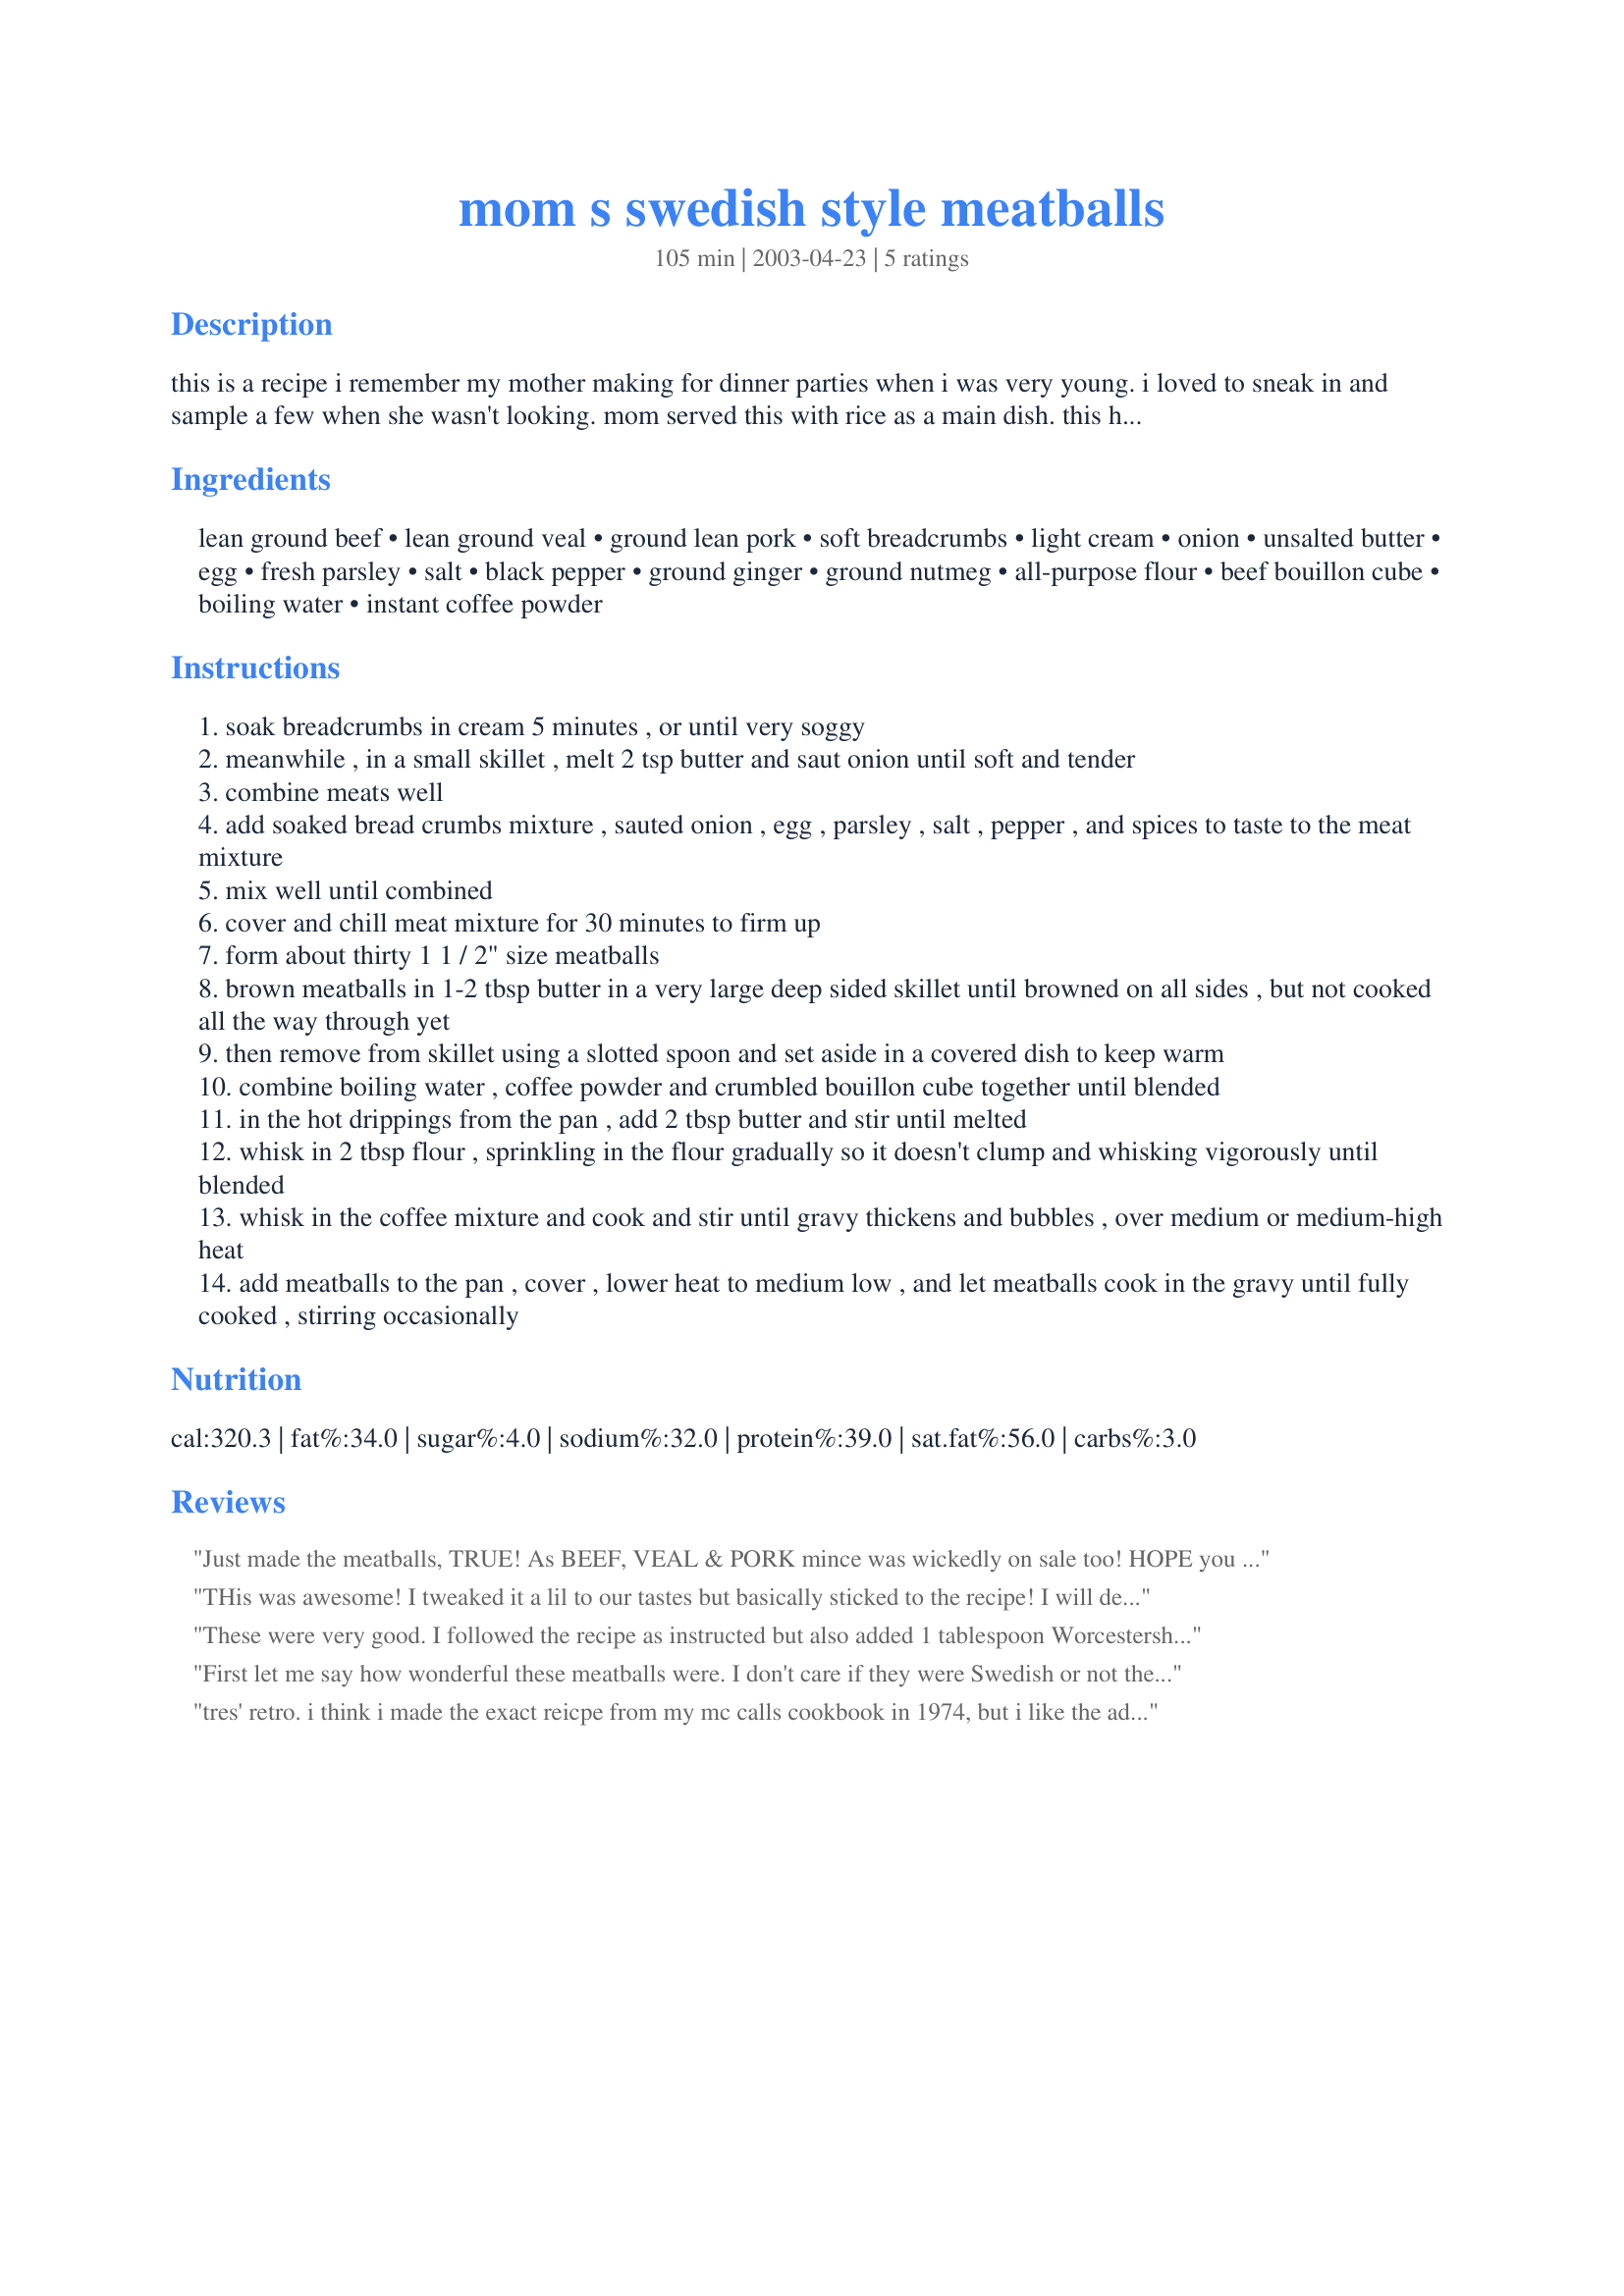
mom s swedish style meatballs
Preparation time: 105 minutes

this is a recipe i remember my mother making for dinner parties when i was very young. i loved to sneak in and sample a few when she wasn't looking. mom served this with rice as a main dish. this has a very different sauce from other swedish meatball recipes i have since tasted -so i am not sure if these are authentically swedish or not. i just know that they are rich and tasty and there were never any leftovers. i snagged this from mom's recipe collection. this makes about 30 medium sized meatballs.

Ingredients:
lean ground beef, lean ground veal, ground lean pork, soft breadcrumbs, light cream, onion, unsalted butter, egg, fresh parsley, salt, black pepper, ground ginger, ground nutmeg, all-purpose flour, beef bouillon cube, boiling water, instant coffee powder

Steps:
soak breadcrumbs in cream 5 minutes , or until very soggy
meanwhile , in a small skillet , melt 2 tsp butter and saut onion until soft and tender
combine meats well
add soaked bread crumbs mixture , sauted onion , egg , parsley , salt , pepper , and spices to taste to the meat mixture
mix well until combined
cover and chill meat mixture for 30 minutes to firm up
form about thirty 1 1 / 2" size meatballs
brown meatballs in 1-2 tbsp butter in a very large deep sided skillet until browned on all sides , but not cooked all the way through yet
then remove from skillet using a slotted spoon and set aside in a covered dish to keep warm
combine boiling water , coffee powder and crumbled bouillon cube together until blended
in the hot drippings from the pan , add 2 tbsp butter and stir until melted
whisk in 2 tbsp flour , sprinkling in the flour gradually so it doesn't clump and whisking vigorously until blended
whisk in the coffee mixture and cook and stir until gravy thickens and bubbles , over medium or medium-high heat
add meatballs to the pan , cover , lower heat to medium low , and let meatballs cook in the gravy until fully cooked , stirring occasionally

Reviews:
Just made the meatballs, TRUE!
As BEEF, VEAL & PORK mince was wickedly on sale too!
HOPE you are sitting down when you read,
I doubled the recipe, makes a BIG feed! lol
181 balls this did make...divided by 21.00 (total)...OMG for goodness sake!
.116 cents per each one!
OH my goodness, did I have fun!
This will make SO many meals,
NOW I know how frugal feels lol
THANKS!
LOVE to come back and make again,
Hubby is already asking WHEN?
Will make complete recipe, when I do try, TRUE!
THANK YOU!!! THANK YOU!
NOTE: Used full cream milk too,
and because I ran out of parsley, made mix combo of 1/2 (of the 1/4 cup) parsley, 1/2 oregano, 1/2 (of the 1/4 cup) basil and italian herbs...thought was interesting to do...HELPFUL HINT? Makes sure the mixture is mixed VERY WELL through!
I love doing things like that by hand, TRUE!
These meatballs MADE MY DAY too!
THANKS AGAIN!
THis was awesome! I tweaked it a lil to our tastes but basically sticked to the recipe! I will definitely be making this again!
These were very good. I followed the recipe as instructed but also added 1 tablespoon Worcestershire sauce. I think the bread crumbs could have been cut down to 1 cup. The left over meatballs I added to a tomato sauce. Which tasted great.
First let me say how wonderful these meatballs were. I don't care if they were Swedish or not they were delicious !!! I was going to only make half the meatball mixture and the full amount of gravy for it. But I found the mixture was way to wet with that amount of breadcrumbs and cream so I had added in the rest of the meat and went with a full batch without adding in any more cream or breadcrumbs. I had added in about a tsp of basil, oregano and Italian seasonings with the parsley. I didn't have a skillet large enough for that many meatballs at one time so I had used a dutch oven to saute them in after I had browned them in batches. The flavor of these meatballs were just so moist and tasty and the gravy was WOW....I should of doubled the gravy it was that delicious and I wished there was more to scoop up with the mashed potatoes. But it was reduced after the simmering, so wasn't too much gravy....But all these flavors combined were so good. Other than the bread crumb and cream mixture should of been half of what recipe says....these were fantastic. Thanks for sharing your wonderful recipe HeatherFeather we loved them. Also they freeze absolutely great.<br/>Update: Just wanted to say how great these taste over Israel Couscous !! I just love them.
tres' retro. i think i made the exact reicpe from my mc calls cookbook in 1974, but i like the addition of a teaspoon of coffe. i did add the dash of allspice, that i remebrered well.. this brought back memories of my youth, thanks heather
